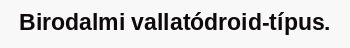
Birodalmi vallatódroid-típus.